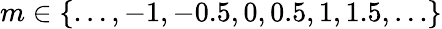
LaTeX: m\in\{ \ldots,-1,-0.5,0,0.5,1,1.5,\ldots\}